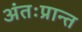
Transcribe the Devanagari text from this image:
अंतःप्रान्त